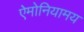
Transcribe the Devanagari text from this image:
ऐमोनियामय